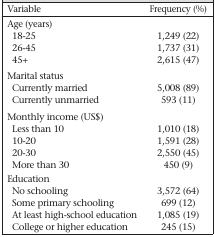
<table><thead><tr><td><b>Variable</b></td><td><b>Frequency (%)</b></td></tr></thead><tbody><tr><td colspan="2">Age (years)</td></tr><tr><td> 18-25</td><td>1,249 (22)</td></tr><tr><td> 26-45</td><td>1,737 (31)</td></tr><tr><td> 45+</td><td>2,615 (47)</td></tr><tr><td colspan="2">Marital status</td></tr><tr><td> Currently married</td><td>5,008 (89)</td></tr><tr><td> Currently unmarried</td><td>593 (11)</td></tr><tr><td colspan="2">Monthly income (US$)</td></tr><tr><td> Less than 10</td><td>1,010 (18)</td></tr><tr><td> 10-20</td><td>1,591 (28)</td></tr><tr><td> 20-30</td><td>2,550 (45)</td></tr><tr><td> More than 30</td><td>450 (9)</td></tr><tr><td colspan="2">Education</td></tr><tr><td> No schooling</td><td>3,572 (64)</td></tr><tr><td> Some primary schooling</td><td>699 (12)</td></tr><tr><td> At least high-school education</td><td>1,085 (19)</td></tr><tr><td> College or higher education</td><td>245 (15)</td></tr></tbody></table>